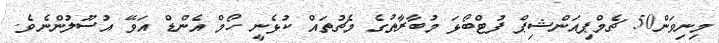
މިނިވަން50 ޗެމްޕިއަންޝިޕް ފުޓްބޯޅަ މުބާރާތުގެ މެޗުތައް ކުޅެނީ ހޯމް އެންޑް އަވޭ އުސޫލުންނެވެ.